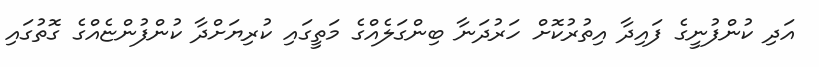
އަދި ކުންފުނީގެ ފައިދާ އިތުރުކޮށް ހަރުދަނާ ބިންގަލެއްގެ މަތީގައި ކުރިޔަށްދާ ކުންފުންޏެއްގެ ގޮތުގައި